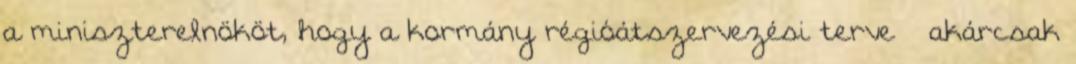
a miniszterelnököt, hogy a kormány régióátszervezési terve – akárcsak